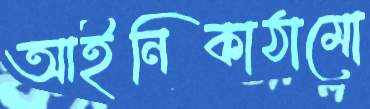
আইনিকাঠামো